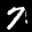
Label: 7